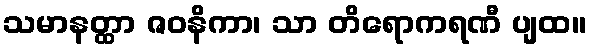
သမာနတ္ထာ ဇဝနိကာ၊ သာ တိရောကရဏီ ပျထ။